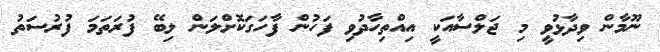
ނޫމާން ވިދާޅުވީ މި ޖަލްސާއަކީ އިއްތިހާދުވި ފަހުން ފާހަގަކޮށްލަން ލިބޭ ފުރަތަމަ ފުރުސަތު